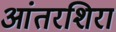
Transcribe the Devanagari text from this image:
आंतरशिरा